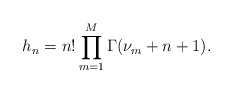
\begin{align*}h_n&=n!\prod_{m=1}^M\Gamma(\nu_m+n+1). \end{align*}